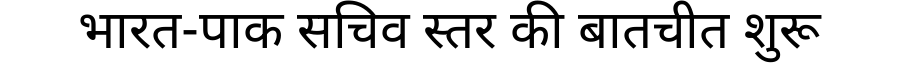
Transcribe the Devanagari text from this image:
भारत-पाक सचिव स्तर की बातचीत शुरू